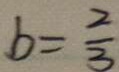
b = \frac { 2 } { 3 }